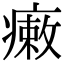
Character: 瘷